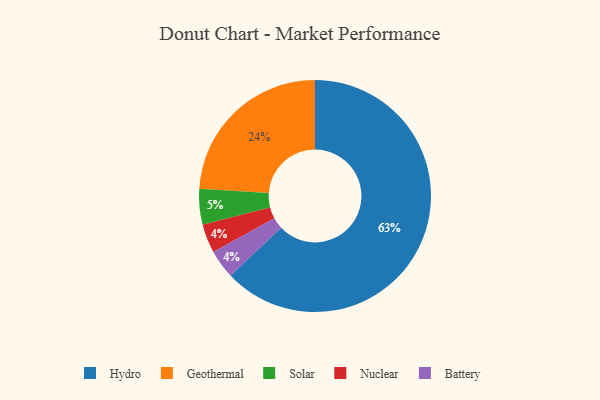
{"axis": {"x": "Category", "y": "Percentage"}, "legend": ["Battery", "Geothermal", "Hydro", "Nuclear", "Solar"], "data": [{"x": "Geothermal", "y": 24, "type": "Geothermal"}, {"x": "Solar", "y": 5, "type": "Solar"}, {"x": "Hydro", "y": 63, "type": "Hydro"}, {"x": "Nuclear", "y": 4, "type": "Nuclear"}, {"x": "Battery", "y": 4, "type": "Battery"}]}